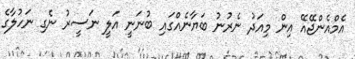
އެމްއެންޖޭއޭ އިން މިއަދު ނެރުނު ބަޔާނެއްގައި ބުނަނީ އަލީ ނަސީރު ނެގި ނަހުލާގެ